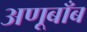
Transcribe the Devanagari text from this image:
अणूबाँब